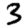
Digit: 3